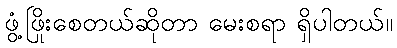
ဖွံ့ဖြိုးစေတယ်ဆိုတာ မေးစရာ ရှိပါတယ်။